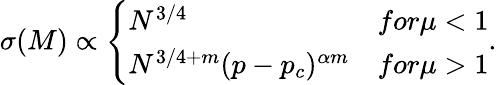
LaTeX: \sigma(M)\propto\left\{ \begin{array}{ll}{N^{3/4}}&{for\mu<1}\\ {N^{3/4+m}(p-p_{c})^{\alpha m}}&{for\mu>1}\end{array}\right..